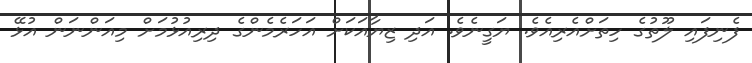
ފެނިފައި ލޫތުގެ ހިތަށްއެރިއެވެ. ޔަގީނެވެ. އަދި ޒިޔާއަކަށް އަހަރެމެންގެ ދިރިއުޅުމަށް މިއަންނަން އުޅޭ